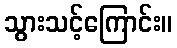
သွားသင့်ကြောင်း။